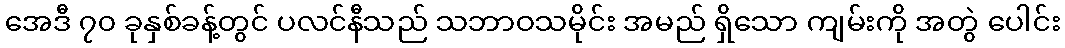
အေဒီ ၇၀ ခုနှစ်ခန့်တွင် ပလင်နီသည် သဘာဝသမိုင်း အမည် ရှိသော ကျမ်းကို အတွဲ ပေါင်း